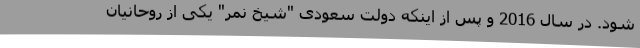
شود. در سال 2016 و پس از اینکه دولت سعودی "شیخ نمر" یکی از روحانیان